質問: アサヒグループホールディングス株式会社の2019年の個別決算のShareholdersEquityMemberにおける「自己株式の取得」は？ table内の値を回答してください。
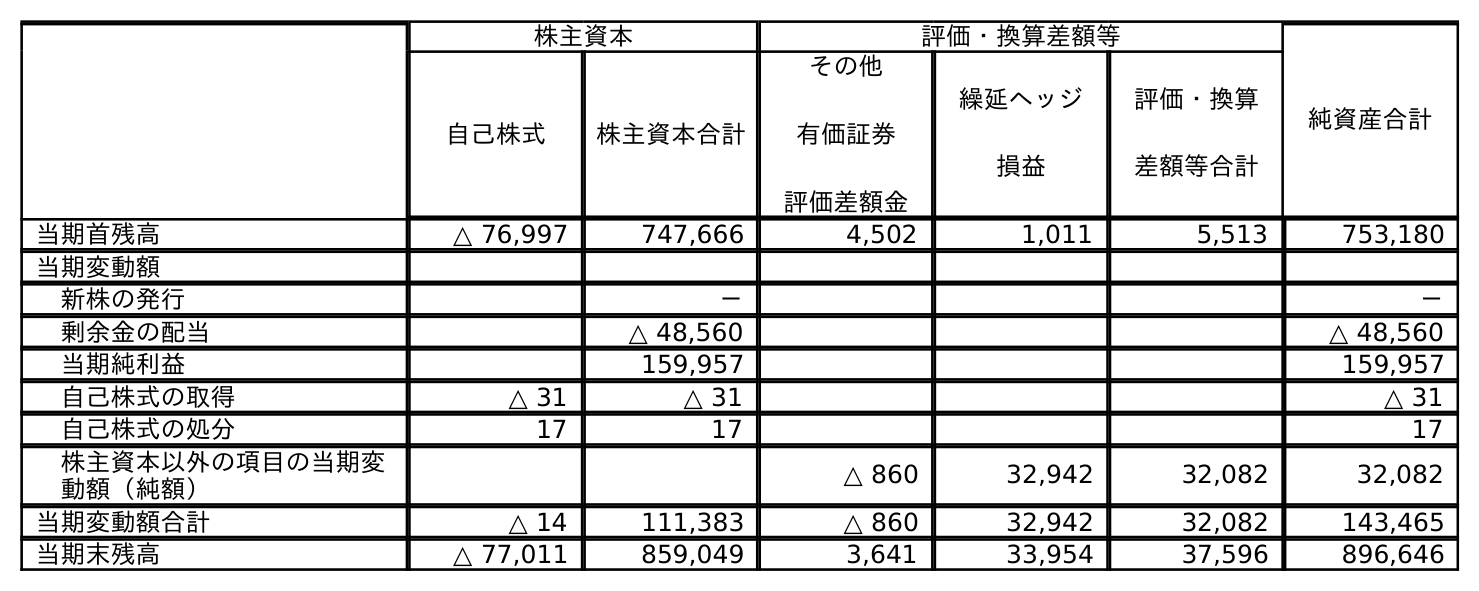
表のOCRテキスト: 株主資本 評価・換算差額等 純資産合計 自己株式 株主資本合計 その他 有価証券 評価差額金 繰延ヘッジ 損益 評価・換算 差額等合計 当期首残高 △ 76,997 747,666 4,502 1,011 5,513 753,180 当期変動額 新株の発行 － － 剰余金の配当 △ 48,560 △ 48,560 当期純利益 159,957 159,957 自己株式の取得 △ 31 △ 31 △ 31 自己株式の処分 17 17 17 株主資本以外の項目の当期変 動額（純額） △ 860 32,942 32,082 32,082 当期変動額合計 △ 14 111,383 △ 860 32,942 32,082 143,465 当期末残高 △ 77,011 859,049 3,641 33,954 37,596 896,646
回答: △31